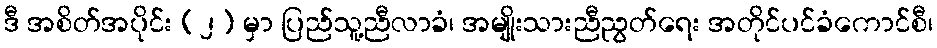
ဒီ အစိတ်အပိုင်း (၂) မှာ ပြည်သူ့ညီလာခံ၊ အမျိုးသားညီညွတ်ရေး အတိုင်ပင်ခံကောင်စီ၊